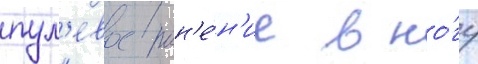
пул'евое ран'е́н'ие в но́гу